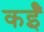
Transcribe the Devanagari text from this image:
कईँ